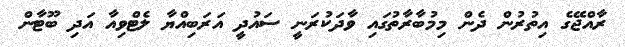
ރާއްޖޭގެ އިތުރުން ދެން މިމުބާރާތުގައި ވާދަކުރަނީ ސައުދީ އަރަބިއްޔާ ލެޓްވިއާ އަދި ބޫޓާން